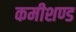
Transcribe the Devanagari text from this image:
कमीशण्ड